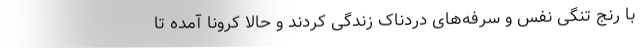
با رنج تنگی نفس و سرفه‌های دردناک زندگی کردند و حالا کرونا آمده تا